Punjab Mental Hospital Lahore 1922-31 - 1922-1931
Year: 1922
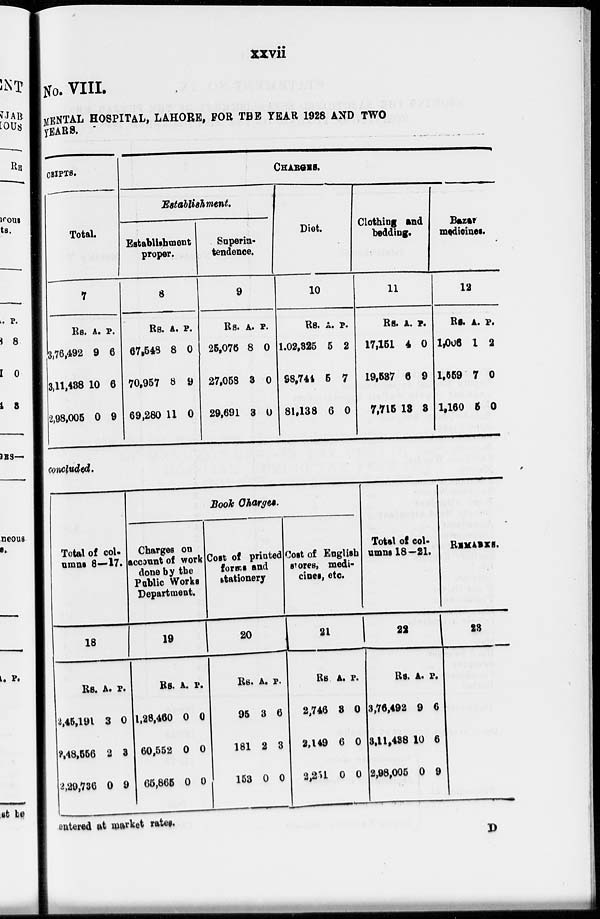
xxvii
No. VIII.
MENTAL HOSPITAL, LAHORE, FOR THE YEAR 1928 AND TWO
YEARS.
CEIPTS.
Total.
7
Rs.
3,76,492
3,11,438
2,98,005
A.
9
10
0
P.
6
6
9
CHARGES.
Establishment.
Establishment
proper.
8
Rs.
67,548
70,957
69,280
A.
8
8
11
P.
0
9
0
Superin-
tendence.
9
Rs.
25,076
27,058
29,691
A.
8
3
3
P.
0
0
0
Diet.
10
Rs.
1,02,325
98,744
81,138
A.
5
5
6
P.
2
7
0
Clothing and
bedding.
11
Rs.
17,151
19,537
7,715
A.
4
6
13
P.
0
9
3
Bazar
medicines.
12
Rs.
1,006
1,559
1,160
A.
1
7
5
P.
2
0
0
concluded.
Total of col-
umns 8—17.
18
Rs.
2,45,191
2,48,556
2,29,736
A.
3
2
0
P.
0
3
9
Book Charges.
Charges on
account of work
done by the
Public Works
Department.
19
Rs.
1,28,460
60,552
65,865
A.
0
0
0
P.
0
0
0
Cost of printed
forms and
stationery
20
Rs.
95
181
153
A.
3
2
0
P.
6
3
0
Cost of English
stores, medi-
cines, etc.
21
Rs.
2,746
2,149
2,251
A.
3
6
0
P.
0
0
0
Total of col-
umns l8-21.
22
Rs.
3,76,492
3,11,438
2,98,005
A.
9
10
0
P.
6
6
9
REMARKS.
23
entered at market rates.
D